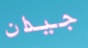
جيدان